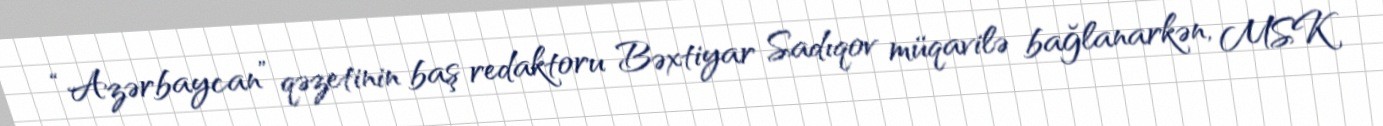
“Azərbaycan” qəzetinin baş redaktoru Bəxtiyar Sadıqov müqavilə bağlanarkən, MSK